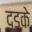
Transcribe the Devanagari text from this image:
दडके